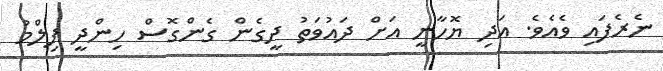
ނެރެފައި ވެއެވެ. އަދި ޔޮހާނީ އަށް ދައުވަތު ދީގެން ގެންގޮސް ހިންދީ ފިލްމު